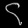
Digit: ၄